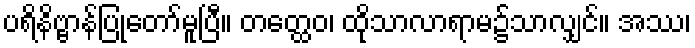
ပရိနိဗ္ဗာန်ပြုတော်မူပြီ။ တတ္ထေဝ၊ ထိုသာလာရာမ၌သာလျှင်။ အဿ၊